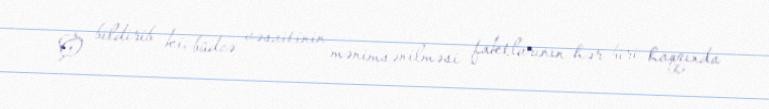
O bildirib ki, büdcə vəsaitinin mənimsənilməsi faktlarının hər biri haqqında